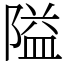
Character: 隘